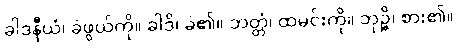
ခါဒနီယံ၊ ခဲဖွယ်ကို။ ခါဒိ၊ ခဲ၏။ ဘတ္တံ၊ ထမင်းကို။ ဘုဉ္ဇိ၊ စား၏။